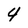
Character: 4